Annual report on the Civil Veterinary Department, Burma (including the Insein Veterinary School) - 1910-1922
Year: 1910
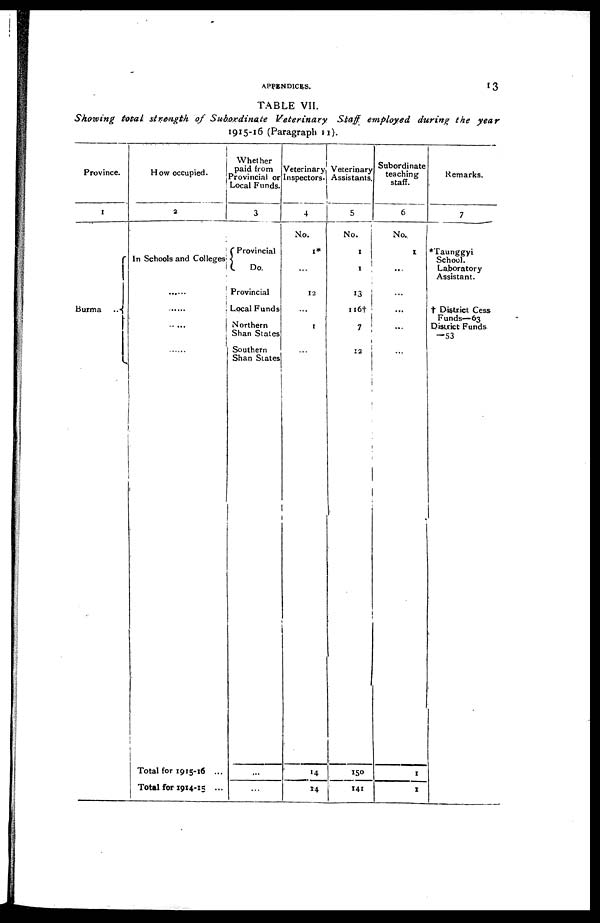
APPENDICES.
13
TABLE VII.
Showing total strength of Subordinate
Veterinary
Staff employed during the year
1915-16 (Paragraph 11).
Province.
1
Burma
...
How occupied.
2
In Schools and Colleges
......
......
.....
Total for 1915-16 ...
Total for 1914-15 ...
Whether
paid from
Provincial or
Local Funds.
3
Provincial
Do.
Provincial
Local Funds
Northern
Shan States
Southern
Shan States
...
...
Veterinary
Inspectors.
4
No.
1*
...
12
...
1
...
14
14
Veterinary
Assistants.
5
No.
1
1
13
116†
7
12
150
141
Subordinate
teaching
staff.
6
No.
I
...
...
...
...
...
1
I
Remarks.
7
*Taunggyi
School.
Laboratory
Assistant.
† District Cess
Funds—63
District Funds
—53